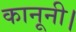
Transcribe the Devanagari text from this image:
कानूनी।